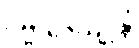
ပဗ္ဗာဇေယျုန္တိ